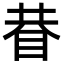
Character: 𥆇